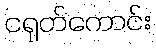
ငရုတ်ကောင်း